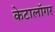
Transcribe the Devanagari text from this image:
केटालॉगर